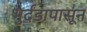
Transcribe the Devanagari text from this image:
भुर्दंडापासून